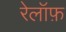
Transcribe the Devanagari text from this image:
रेलॉफ़